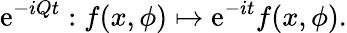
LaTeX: \mathrm{e}^{-iQt}:f(x,\phi)\mapsto\mathrm{e}^{-it}f(x,\phi).